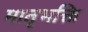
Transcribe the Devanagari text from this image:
मातृभक्ति